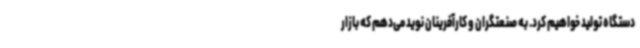
دستگاه تولید خواهیم کرد. به صنعتگران و کارآفرینان نوید می‌دهم که بازار